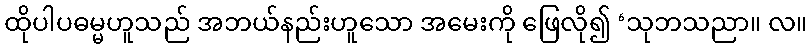
ထိုပါပဓမ္မဟူသည် အဘယ်နည်းဟူသော အမေးကို ဖြေလို၍ ‘သုဘသညာ။ လ။